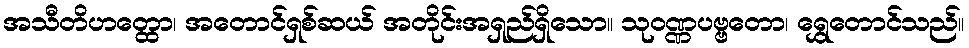
အသီတိဟတ္ထော၊ အတောင်ရှစ်ဆယ် အတိုင်းအရှည်ရှိသော။ သုဝဏ္ဏပဗ္ဗတော၊ ရွှေတောင်သည်။